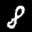
Label: 8